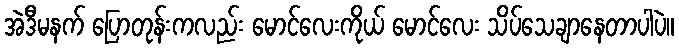
အဲဒီမနက် ပြောတုန်းကလည်း မောင်လေးကိုယ် မောင်လေး သိပ်သေချာနေတာပါပဲ။